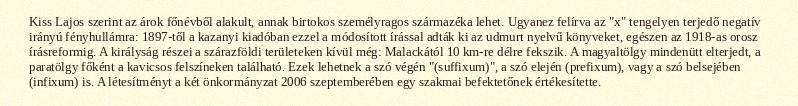
Kiss Lajos szerint az árok főnévből alakult, annak birtokos személyragos származéka lehet. Ugyanez felírva az "x" tengelyen terjedő negatív irányú fényhullámra: 1897-től a kazanyi kiadóban ezzel a módosított írással adták ki az udmurt nyelvű könyveket, egészen az 1918-as orosz írásreformig. A királyság részei a szárazföldi területeken kívül még: Malackától 10 km-re délre fekszik. A magyaltölgy mindenütt elterjedt, a paratölgy főként a kavicsos felszíneken található. Ezek lehetnek a szó végén "(suffixum)", a szó elején (prefixum), vagy a szó belsejében (infixum) is. A létesítményt a két önkormányzat 2006 szeptemberében egy szakmai befektetőnek értékesítette.